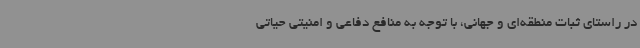
در راستای ثبات منطقه‌ای و جهانی، با توجه به منافع دفاعی و امنیتی حیاتی